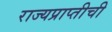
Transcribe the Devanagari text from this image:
राज्यप्राप्तीची